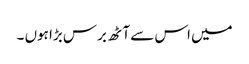
میں اس سے آٹھ برس بڑا ہوں ۔